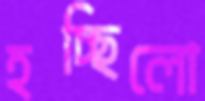
হচ্ছিলো